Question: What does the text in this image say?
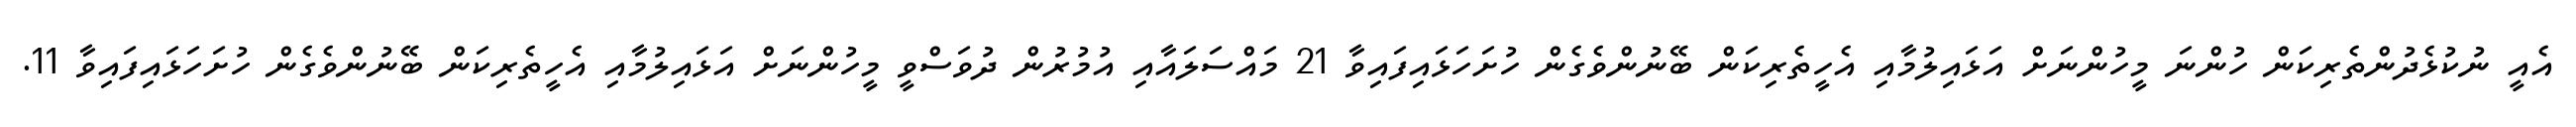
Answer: އެއީ ނުކުޅެދުންތެރިކަން ހުންނަ މީހުންނަށް އަޅައިލުމާއި އެހީތެރިކަން ބޭނުންވެގެން ހުށަހަޅައިފައިވާ 21 މައްސަލައާއި އުމުރުން ދުވަސްވީ މީހުންނަށް އަޅައިލުމާއި އެހީތެރިކަން ބޭނުންވެގެން ހުށަހަޅައިފައިވާ 11.